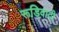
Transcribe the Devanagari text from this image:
रूडिवादी